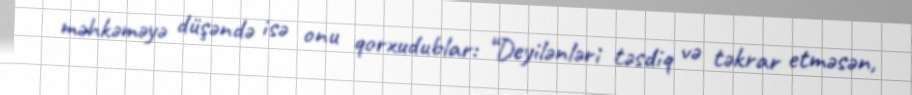
məhkəməyə düşəndə isə onu qorxudublar: “Deyilənləri təsdiq və təkrar etməsən,